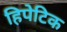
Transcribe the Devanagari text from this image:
हिपेटिक